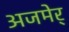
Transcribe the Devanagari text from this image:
अजमेर्